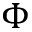
\Phi